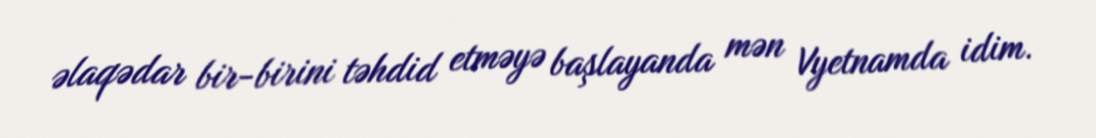
əlaqədar bir-birini təhdid etməyə başlayanda mən Vyetnamda idim.